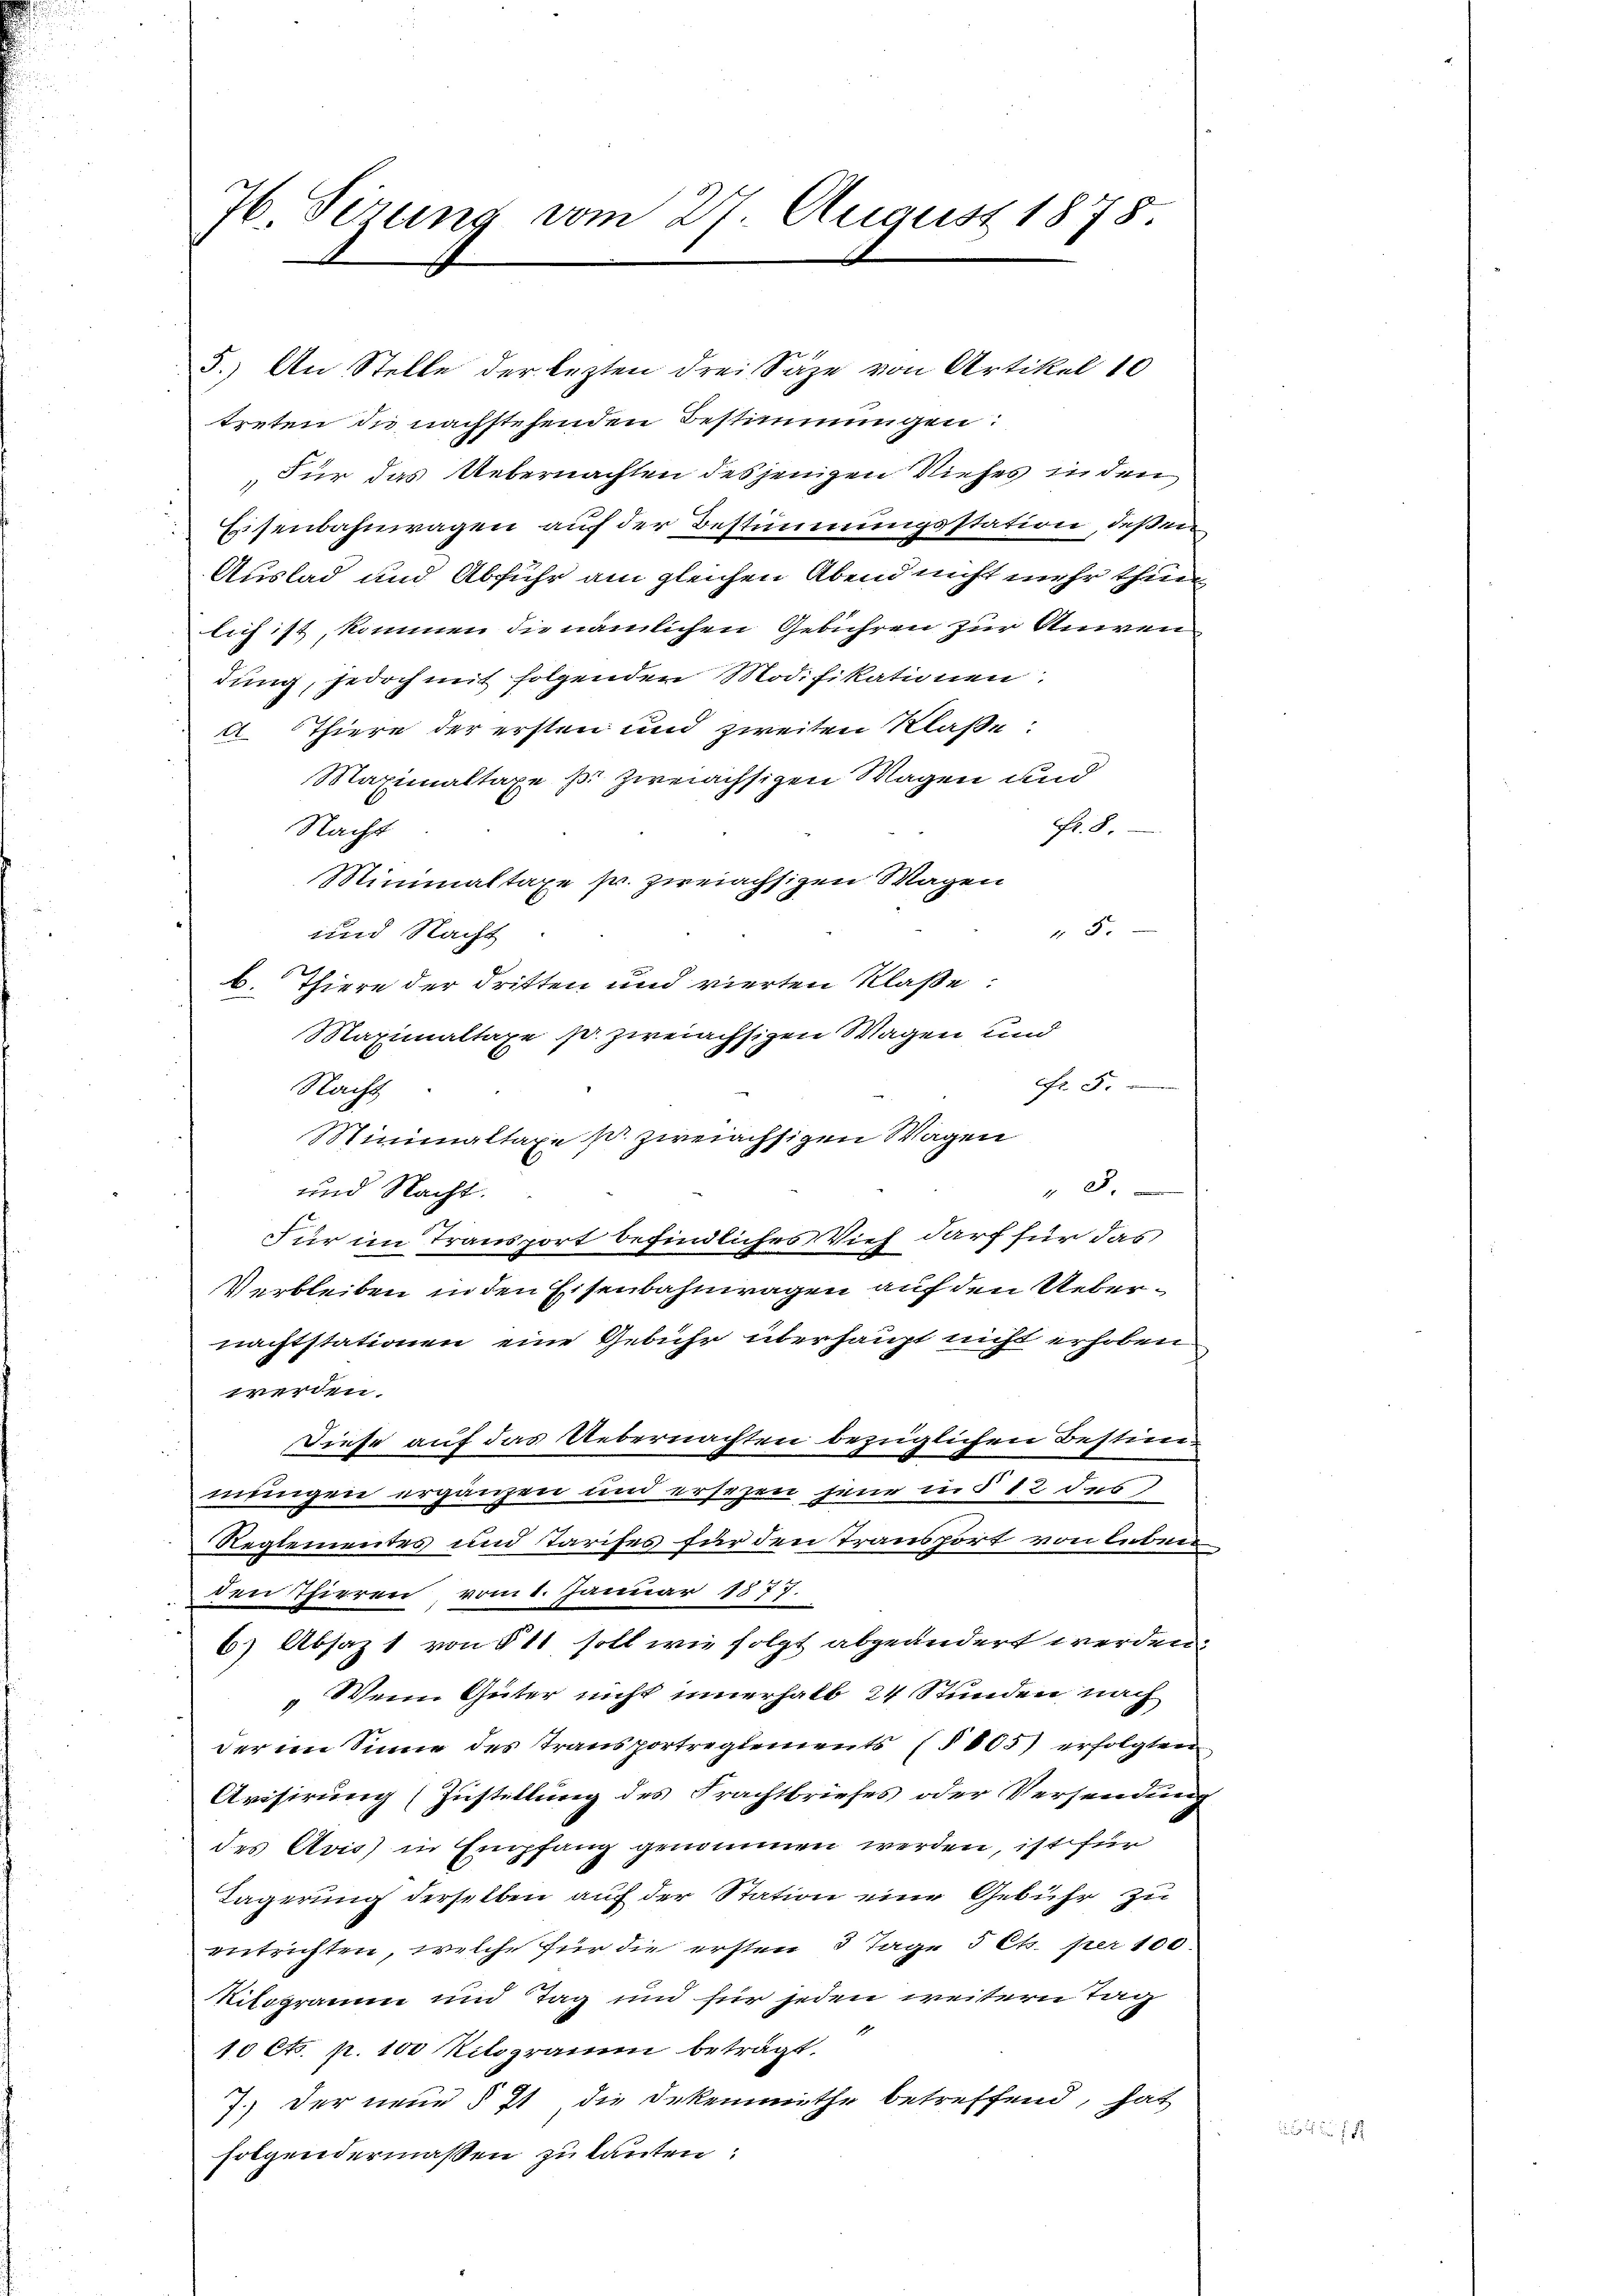
76 Sirung vom 27. August 1878.

5.) An Stelle der lezten drei Säze von Artikel 80
treten die nachstehenden Bestimmungen:
Für das Uebernachten desjenigen Viehes in den
Eisenbahnwagen auf der Bestimmungsstation, deßen
Auslad und Abfuhr am gleichen Abend nicht mehr thun
lich ist, kommen die nämlichen Gebühren zur Anwendung, jedoch mit folgenden Modifikationen:
A. Thiere der ersten und zweiten Klaße:
Maximaltaxe pr zweiächsigen Wagen und
Fr. 8.
Nacht
Minimaltaxe sr. zweiachsigen Wagen
" 5.
und Nacht
b. Thiere der dritten und vierten Klaße:
Maximaltaxe pr. zweiachsizen Wagen und
fr. 5.
Nacht
Minimaltaxe pr zweiachsigen Wagen
8.
und Nacht.
Für im Transport befindliches Vieh darf für das
Verbleiben in den Eisenbahnwagen auf den Uebernachtstationen eine Gebühr überhaupt nicht erhoben
werden.
Diese auf das Uebernachten bezüglichen Bestimmungen ergänzen und ersezen jene in § 12 des
Reglementes und Tarifes für den Transport von leben
den Thieren, vom 1. Januar 1877.
6) Absaz 1 von § 11 soll wie folgt abgeändert werden,
" Wein Güter nicht innerhalb 24 Stunden nach
der im Sinne des Transportreglements (§ 805) erfolgten
Avisirung (Zustellung des Frachtbriefes oder Versendung
des Avis) in Empfang genommen werden, ist für
Lagerung derselben auf der Station eine Gebühr zu
entrichten, welche für die ersten 3 Tage 5 Cts. per 100.
Rilogramm und Tag und für jeden weitern Tag
10 Cts. p. 100 Kilogramm beträgt. "
7.) Der neue § 71 die Dekenmuthe betreffend, hat
folgendermaßen zu lauten: